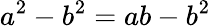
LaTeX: a^{2}-b^{2}=ab-b^{2}